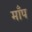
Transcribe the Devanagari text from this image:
माँप